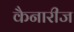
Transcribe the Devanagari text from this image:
कैनारीज